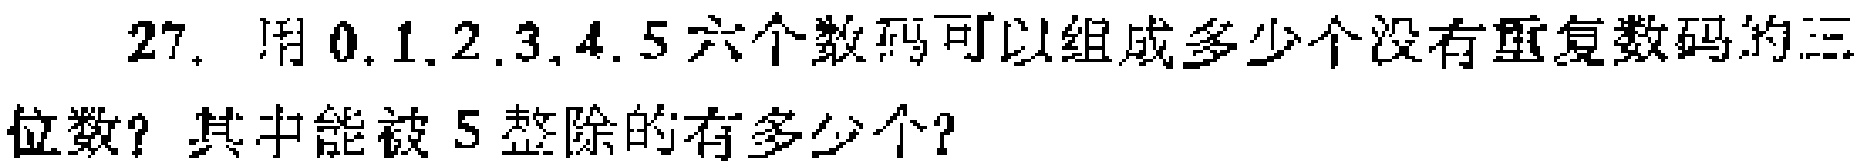
27. 用\(0,1,2,3,4,5\)六个数码可以组成多少个没有重复数码的三位数？其中能被\(5\)整除的有多少个？